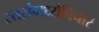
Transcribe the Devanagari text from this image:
स्तरांमध्येविचार